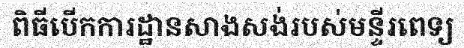
ពិធីបើកការដ្ឋានសាងសង់របស់មន្ទីរពេទ្យ